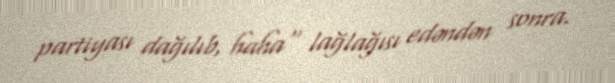
partiyası dağılıb, haha" lağlağısı edəndən sonra.